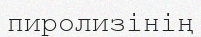
пиролизінің